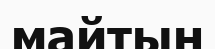
майтын